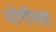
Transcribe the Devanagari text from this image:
धोणीसह